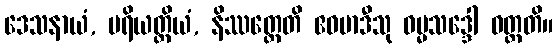
ဒေသနာယံ, ပရိယတ္တိယံ, နိဿတ္တေတိ ဧဝမာဒီသု ဓမ္မသဒ္ဒေါ ဝတ္တတိ။